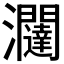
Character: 𭳽